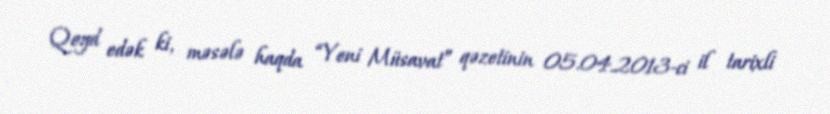
Qeyd edək ki, məsələ haqda “Yeni Müsavat” qəzetinin 05.04.2013-ci il tarixli